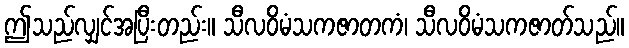
ဤသည်လျှင်အပြီးတည်း။ သီလဝိမံသကဇာတကံ၊ သီလဝိမံသကဇာတ်သည်။